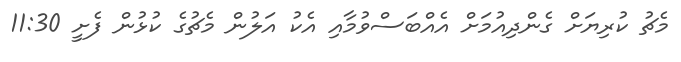
މެޗު ކުރިޔަށް ގެންދިއުމަށް އެއްބަސްވުމާއި އެކު އަލުން މެޗުގެ ކުޅުން ފެށީ 11:30